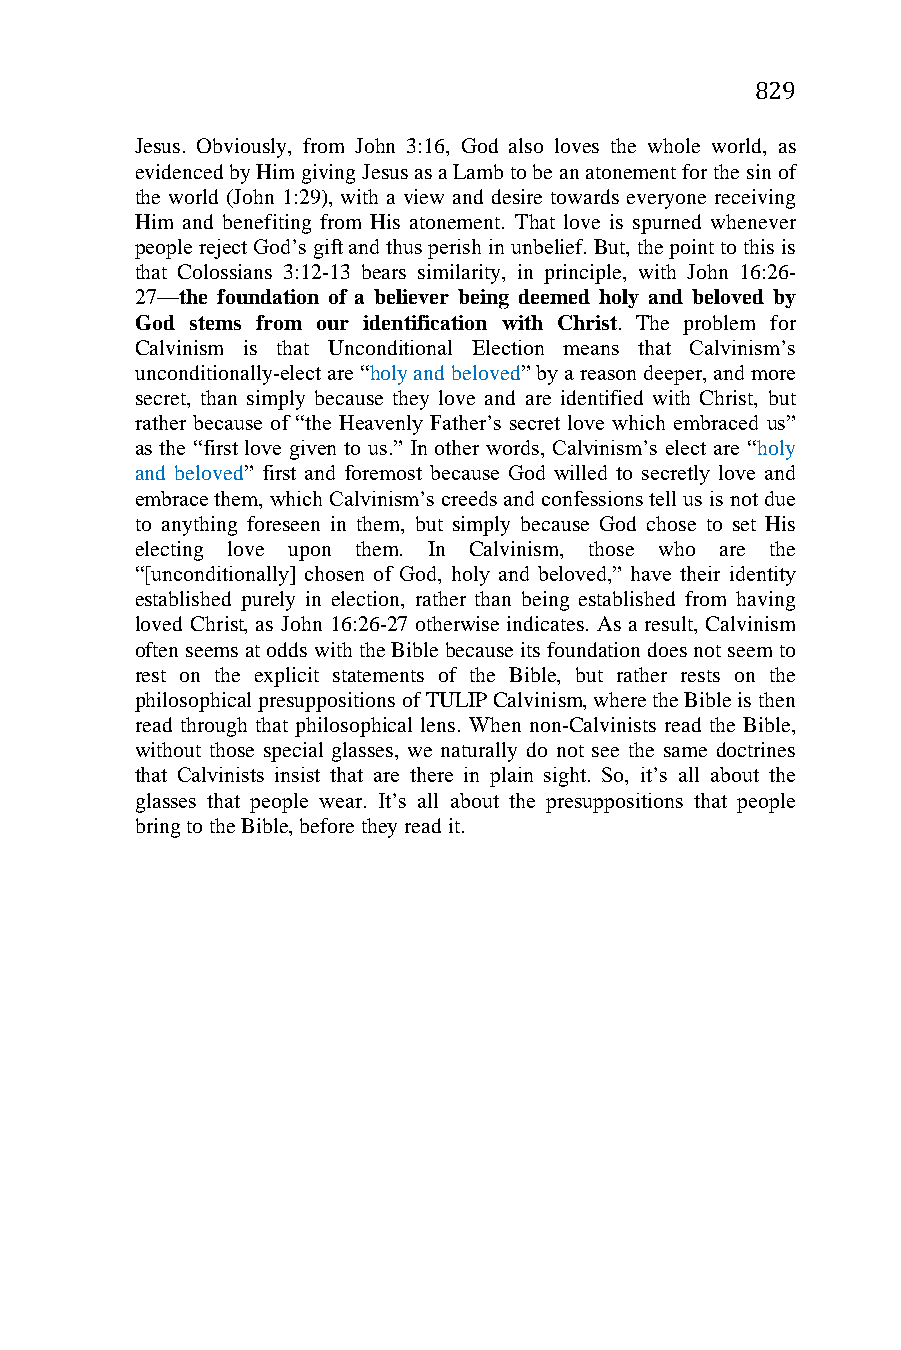
829
 Jesus. Obviously, from John 3:16, God also loves the whole world, as
 evidenced by Him giving Jesus as a Lamb to be an atonement for the sin of
 the world (John 1:29), with a view and desire towards everyone receiving
 Him and benefiting from His atonement. That love is spurned whenever
 people reject God’s gift and thus perish in unbelief. But, the point to this is
 that Colossians 3:12-13 bears similarity, in principle, with John 16:26-
 27—the foundation of a believer being deemed holy and beloved by
 God stems from our identification with Christ. The problem for
 Calvinism is that Unconditional Election means that Calvinism’s
 unconditionally-elect are “holy and beloved” by a reason deeper, and more
 secret, than simply because they love and are identified with Christ, but
 rather because of “the Heavenly Father’s secret love which embraced us”
 as the “first love given to us.” In other words, Calvinism’s elect are “holy
 and beloved” first and foremost because God willed to secretly love and
 embrace them, which Calvinism’s creeds and confessions tell us is not due
 to anything foreseen in them, but simply because God chose to set His
 electing love upon them. In Calvinism, those who are the
 “[unconditionally] chosen of God, holy and beloved,” have their identity
 established purely in election, rather than being established from having
 loved Christ, as John 16:26-27 otherwise indicates. As a result, Calvinism
 often seems at odds with the Bible because its foundation does not seem to
 rest on the explicit statements of the Bible, but rather rests on the
 philosophical presuppositions of TULIP Calvinism, where the Bible is then
 read through that philosophical lens. When non-Calvinists read the Bible,
 without those special glasses, we naturally do not see the same doctrines
 that Calvinists insist that are there in plain sight. So, it’s all about the
 glasses that people wear. It’s all about the presuppositions that people
 bring to the Bible, before they read it.